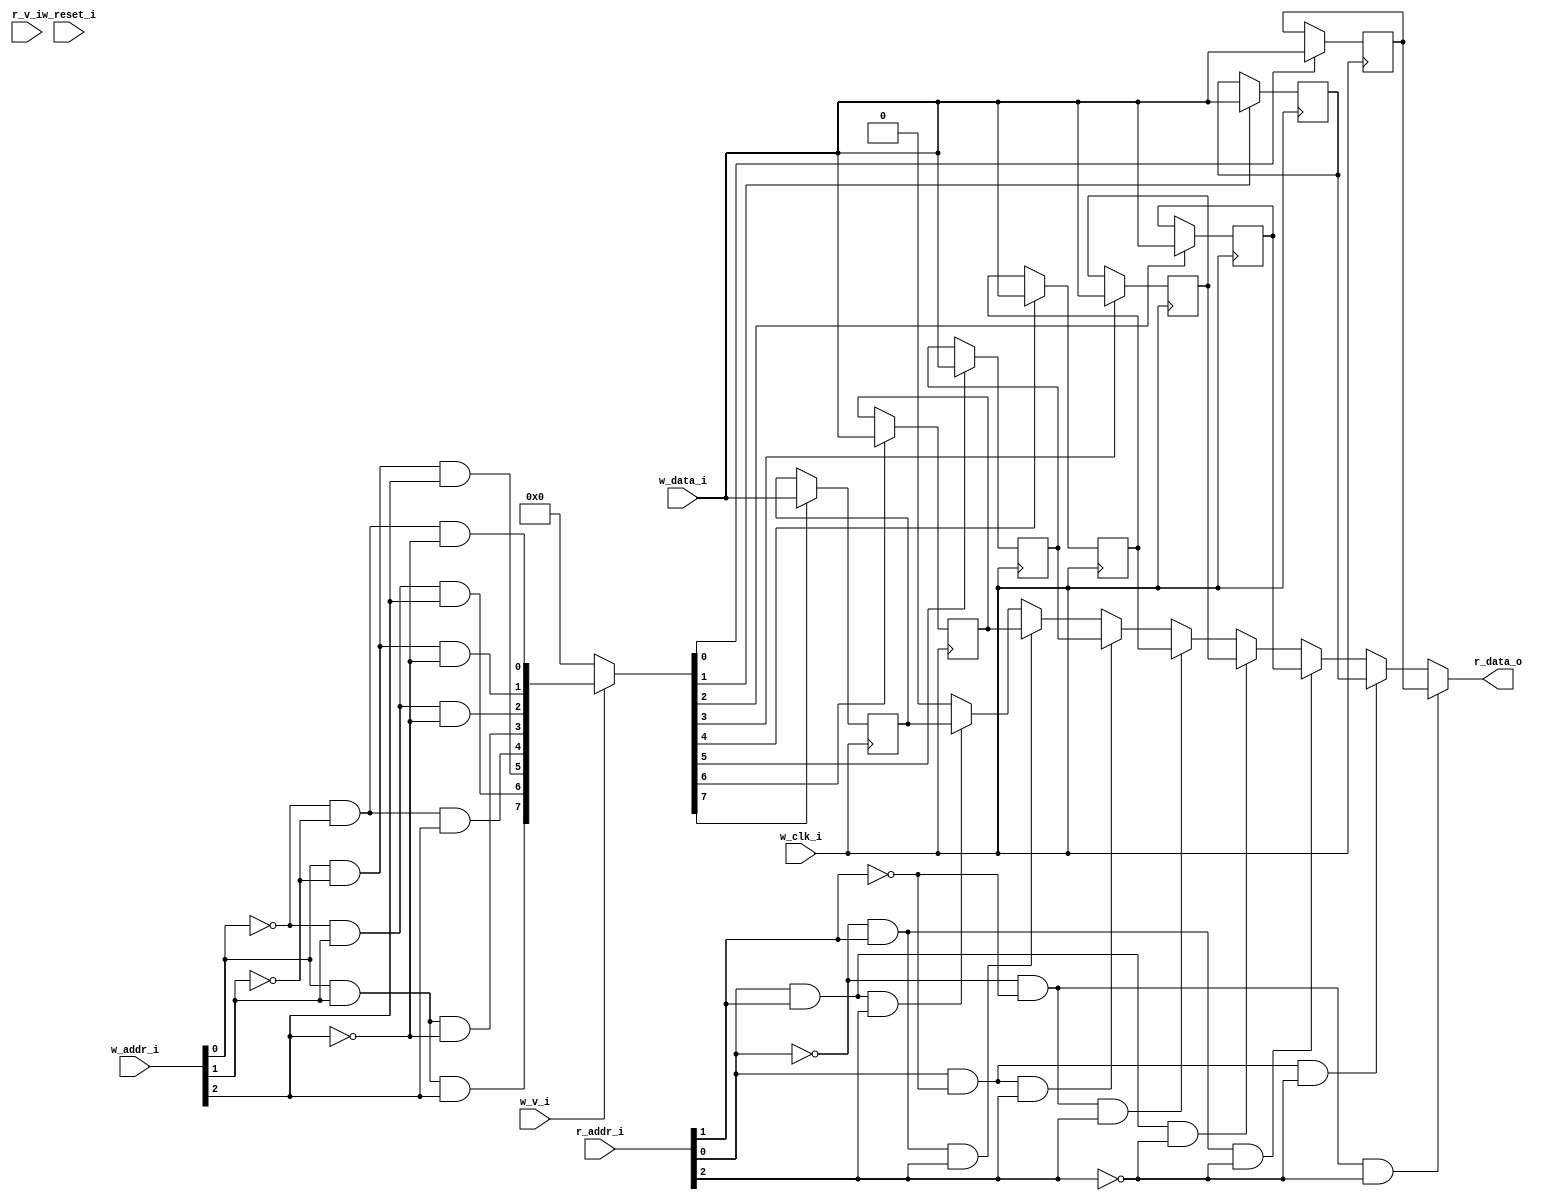
module bsg_mem_1r1w_synth_width_p1_els_p8_read_write_same_addr_p0_harden_p0
(
  w_clk_i,
  w_reset_i,
  w_v_i,
  w_addr_i,
  w_data_i,
  r_v_i,
  r_addr_i,
  r_data_o
);

  input [2:0] w_addr_i;
  input [0:0] w_data_i;
  input [2:0] r_addr_i;
  output [0:0] r_data_o;
  input w_clk_i;
  input w_reset_i;
  input w_v_i;
  input r_v_i;
  wire [0:0] r_data_o;
  wire N0,N1,N2,N3,N4,N5,N6,N7,N8,N9,N10,N11,N12,N13,N14,N15,N16,N17,N18,N19,N20,N21,
  N22,N23,N24,N25,N26,N27,N28,N29,N30,N31,N32,N33,N34,N35,N36,N37,N38,N39,N40,N41,
  N42,N43,N44,N45;
  wire [7:0] mem;
  reg mem_7_sv2v_reg,mem_6_sv2v_reg,mem_5_sv2v_reg,mem_4_sv2v_reg,mem_3_sv2v_reg,
  mem_2_sv2v_reg,mem_1_sv2v_reg,mem_0_sv2v_reg;
  assign mem[7] = mem_7_sv2v_reg;
  assign mem[6] = mem_6_sv2v_reg;
  assign mem[5] = mem_5_sv2v_reg;
  assign mem[4] = mem_4_sv2v_reg;
  assign mem[3] = mem_3_sv2v_reg;
  assign mem[2] = mem_2_sv2v_reg;
  assign mem[1] = mem_1_sv2v_reg;
  assign mem[0] = mem_0_sv2v_reg;
  assign r_data_o[0] = (N17)? mem[0] : 
                       (N19)? mem[1] : 
                       (N21)? mem[2] : 
                       (N23)? mem[3] : 
                       (N18)? mem[4] : 
                       (N20)? mem[5] : 
                       (N22)? mem[6] : 
                       (N24)? mem[7] : 1'b0;

  always @(posedge w_clk_i) begin
    if(N41) begin
      mem_7_sv2v_reg <= w_data_i[0];
    end 
  end


  always @(posedge w_clk_i) begin
    if(N40) begin
      mem_6_sv2v_reg <= w_data_i[0];
    end 
  end


  always @(posedge w_clk_i) begin
    if(N39) begin
      mem_5_sv2v_reg <= w_data_i[0];
    end 
  end


  always @(posedge w_clk_i) begin
    if(N38) begin
      mem_4_sv2v_reg <= w_data_i[0];
    end 
  end


  always @(posedge w_clk_i) begin
    if(N37) begin
      mem_3_sv2v_reg <= w_data_i[0];
    end 
  end


  always @(posedge w_clk_i) begin
    if(N36) begin
      mem_2_sv2v_reg <= w_data_i[0];
    end 
  end


  always @(posedge w_clk_i) begin
    if(N35) begin
      mem_1_sv2v_reg <= w_data_i[0];
    end 
  end


  always @(posedge w_clk_i) begin
    if(N34) begin
      mem_0_sv2v_reg <= w_data_i[0];
    end 
  end

  assign N42 = w_addr_i[0] & w_addr_i[1];
  assign N33 = N42 & w_addr_i[2];
  assign N43 = N0 & w_addr_i[1];
  assign N0 = ~w_addr_i[0];
  assign N32 = N43 & w_addr_i[2];
  assign N44 = w_addr_i[0] & N1;
  assign N1 = ~w_addr_i[1];
  assign N31 = N44 & w_addr_i[2];
  assign N45 = N2 & N3;
  assign N2 = ~w_addr_i[0];
  assign N3 = ~w_addr_i[1];
  assign N30 = N45 & w_addr_i[2];
  assign N29 = N42 & N4;
  assign N4 = ~w_addr_i[2];
  assign N28 = N43 & N5;
  assign N5 = ~w_addr_i[2];
  assign N27 = N44 & N6;
  assign N6 = ~w_addr_i[2];
  assign N26 = N45 & N7;
  assign N7 = ~w_addr_i[2];
  assign { N41, N40, N39, N38, N37, N36, N35, N34 } = (N8)? { N33, N32, N31, N30, N29, N28, N27, N26 } : 
                                                      (N9)? { 1'b0, 1'b0, 1'b0, 1'b0, 1'b0, 1'b0, 1'b0, 1'b0 } : 1'b0;
  assign N8 = w_v_i;
  assign N9 = N25;
  assign N10 = ~r_addr_i[0];
  assign N11 = ~r_addr_i[1];
  assign N12 = N10 & N11;
  assign N13 = N10 & r_addr_i[1];
  assign N14 = r_addr_i[0] & N11;
  assign N15 = r_addr_i[0] & r_addr_i[1];
  assign N16 = ~r_addr_i[2];
  assign N17 = N12 & N16;
  assign N18 = N12 & r_addr_i[2];
  assign N19 = N14 & N16;
  assign N20 = N14 & r_addr_i[2];
  assign N21 = N13 & N16;
  assign N22 = N13 & r_addr_i[2];
  assign N23 = N15 & N16;
  assign N24 = N15 & r_addr_i[2];
  assign N25 = ~w_v_i;

endmodule